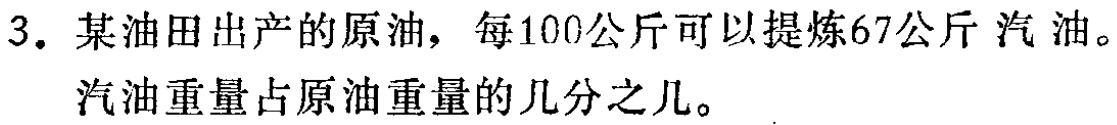
3. 某油田出产的原油，每100公斤可以提炼67公斤汽油。

汽油重量占原油重量的几分之几。